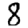
Digit: 8